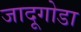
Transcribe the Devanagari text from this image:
जादूगोडा